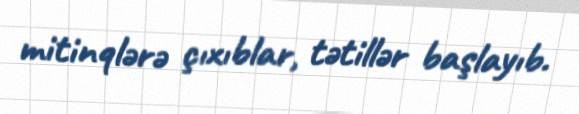
mitinqlərə çıxıblar, tətillər başlayıb.